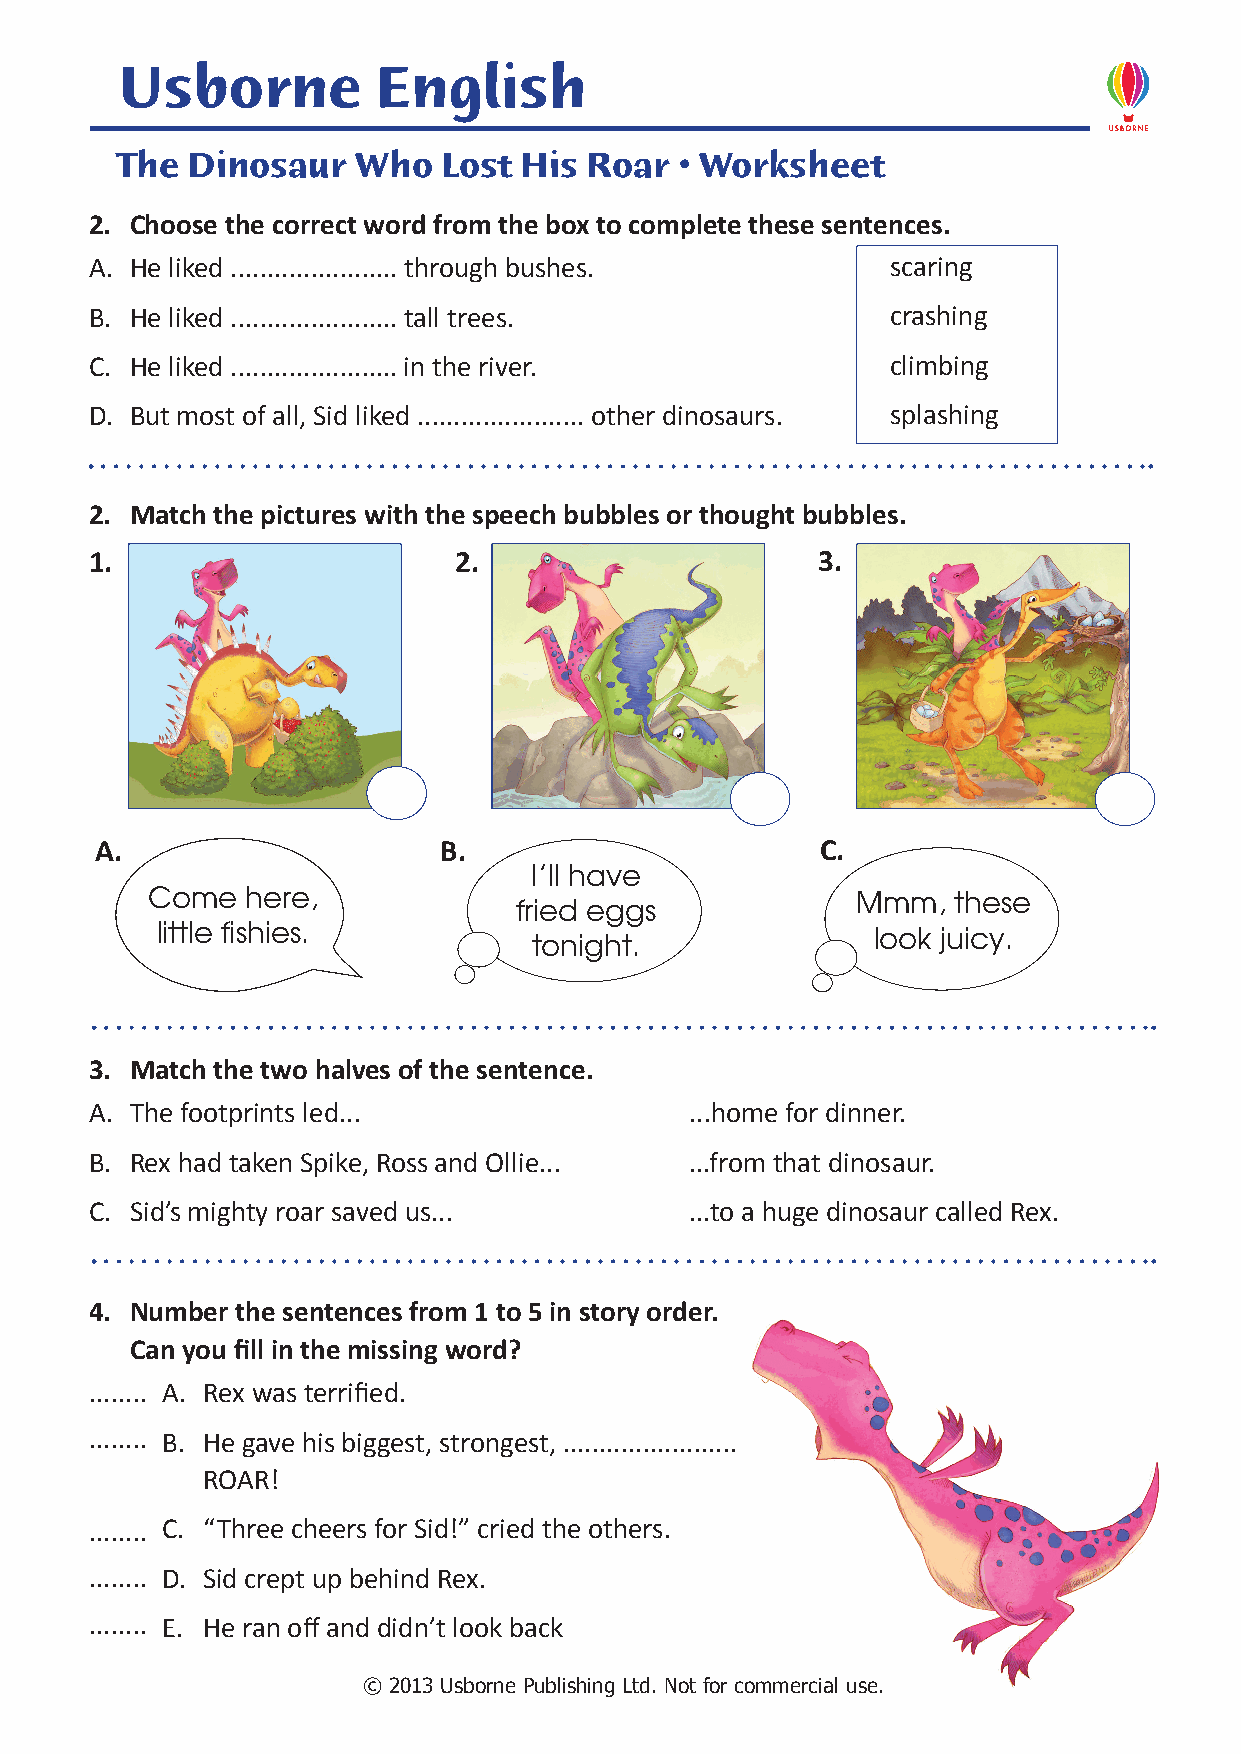
Usborne          English
 The Dinosaur    Who  Lost His  Roar  • Worksheet
 2. Choose the correct word from the box to complete these sentences.
 A. He liked ....................... through bushes.  scaring
 B. He liked ....................... tall trees.      crashing
 C. He liked ....................... in the river.    climbing
 D. But most of all, Sid liked ....................... other dinosaurs. splashing
 2. Match the pictures with the speech bubbles or thought bubbles.
 1.                      2.                      3.
 A.                     B.                       C.
 I’ll have
 Come  here,                                    Mmm,  these
 fried eggs
 little fishies.                                 look juicy.
 tonight.
 3. Match the two halves of the sentence.
 A. The footprints led...                ...home for dinner.
 B. Rex had taken Spike, Ross and Ollie... ...from that dinosaur.
 C. Sid’s mighty roar saved us...        ...to a huge dinosaur called Rex.
 4. Number the sentences from 1 to 5 in story order.
 Can you fill in the missing word?
 ........ A. Rex was terrified.
 ........ B. He gave his biggest, strongest, ........................
 ROAR!
 ........ C. “Three cheers for Sid!” cried the others.
 ........ D. Sid crept up behind Rex.
 ........ E. He ran off and didn’t look back
 © 2013 Usborne Publishing Ltd. Not for commercial use.